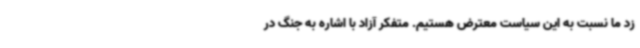
زد ما نسبت به این سیاست معترض هستیم. متفکر آزاد با اشاره به جنگ در